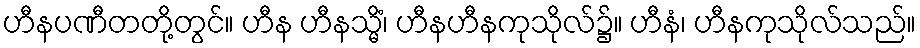
ဟီနပဏီတတို့တွင်။ ဟီန ဟီနသ္မိံ၊ ဟီနဟီနကုသိုလ်၌။ ဟီနံ၊ ဟီနကုသိုလ်သည်။